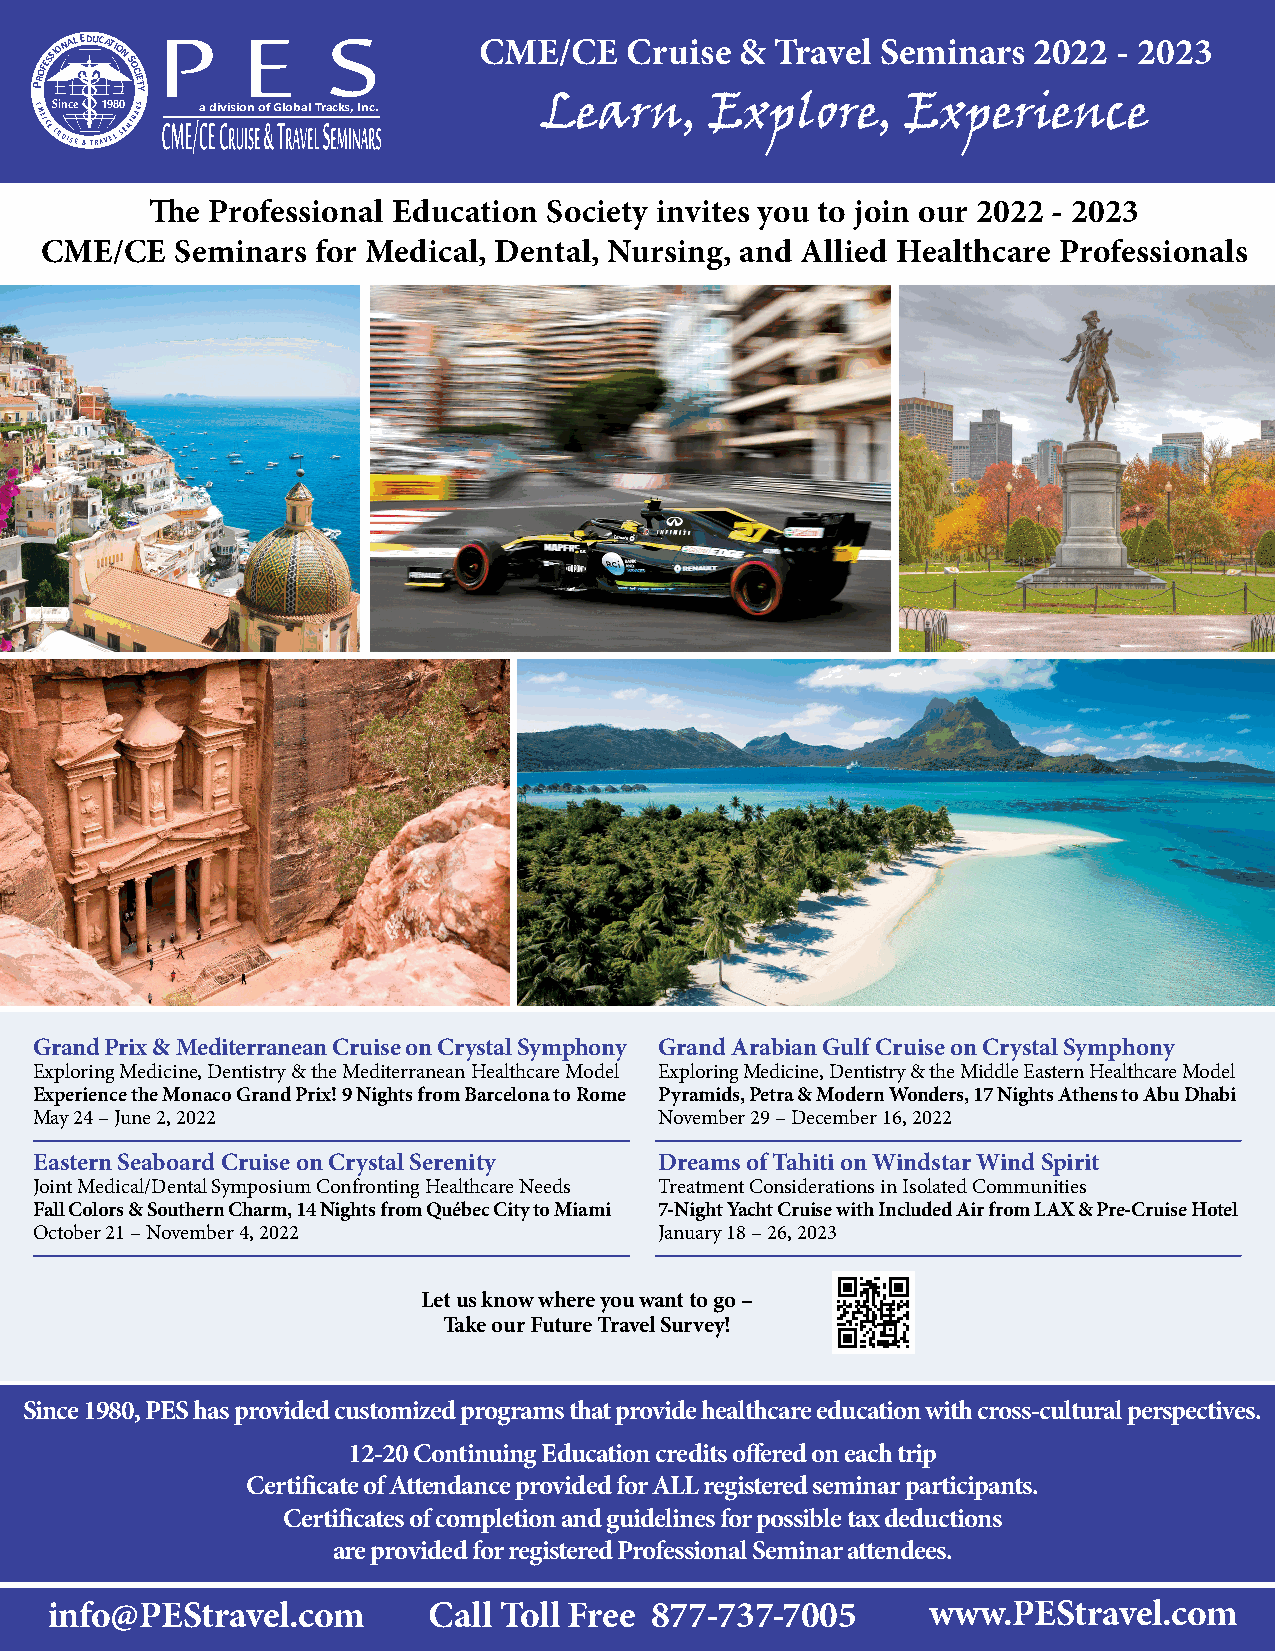
PROFESSIONAL EDUCATION
 SOCIETY
 CME/CE   Cruise  & Travel Seminars  2022  - 2023
 CME/CE CS Ri Un Ic Se
 E &
 TRA1 V9 E8
 L
 0 SEMINARS a division of Global Tracks, Inc. Learn, Explore, Experience
 The Professional Education Society invites you to join our 2022 - 2023
 CME/CE   Seminars for Medical, Dental, Nursing, and Allied Healthcare Professionals
 Grand Prix & Mediterranean Cruise on Crystal Symphony Grand Arabian Gulf Cruise on Crystal Symphony
 Exploring Medicine, Dentistry & the Mediterranean Healthcare Model Exploring Medicine, Dentistry & the Middle Eastern Healthcare Model
 Experience the Monaco Grand Prix! 9 Nights from Barcelona to Rome Pyramids, Petra & Modern Wonders, 17 Nights Athens to Abu Dhabi
 May 24 – June 2, 2022                     November 29 – December 16, 2022
 Eastern Seaboard Cruise on Crystal Serenity Dreams of Tahiti on Windstar Wind Spirit
 Joint Medical/Dental Symposium Confronting Healthcare Needs Treatment Considerations in Isolated Communities
 Fall Colors & Southern Charm, 14 Nights from Québec City to Miami 7-Night Yacht Cruise with Included Air from LAX & Pre-Cruise Hotel
 October 21 – November 4, 2022             January 18 – 26, 2023
 Let us know where you want to go –
 Take our Future Travel Survey!
 Since 1980, PES has provided customized programs that provide healthcare education with cross-cultural perspectives.
 12-20 Continuing Education credits offered on each trip
 Certificate of Attendance provided for ALL registered seminar participants.
 Certificates of completion and guidelines for possible tax deductions
 are provided for registered Professional Seminar attendees.
 info@PEStravel.com       Call Toll Free 877-737-7005      www.PEStravel.com